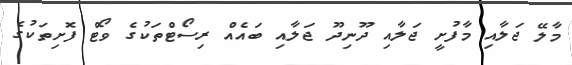
މާލޭ ޖަލާއި މާފުށީ ޖަލާއި ދޫނިދޫ ޖަލާއި ބައެއް ރިސޯޓްތަކުގެ ވޯޓް ފޮށިތަކުގެ